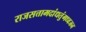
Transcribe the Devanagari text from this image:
राजसत्तामदांधतुंगध्वजन